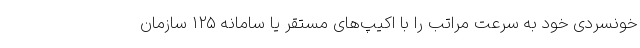
خونسردی خود به سرعت مراتب را با اکیپ‌های مستقر یا سامانه ۱۲۵ سازمان